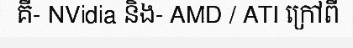
គឺ- NVidia និង- AMD / ATI ក្រៅពី